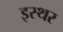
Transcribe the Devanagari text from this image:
इस्थर